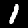
Label: 1